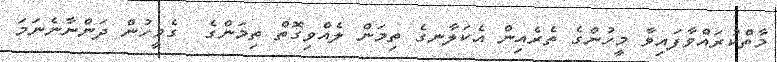
މާތްކުރައްވާފައިވާ މީހުންގެ ތެރެއިން އެކަލާނގެ ތިމަން ލެއްވިގޮތް ތިމަންގެ  ގެމީހުން ދަންނާނެނަމަ